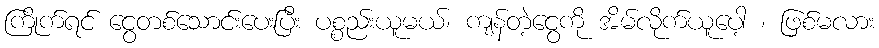
ကြိုက်ရင် ငွေတစ်သောင်းပေးပြီး ပစ္စည်းယူမယ်၊ ကျန်တဲ့ငွေကို အိမ်လိုက်ယူပေါ့ ၊ ဖြစ်မလား